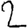
Digit: 2